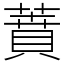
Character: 蕡